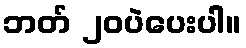
ဘတ် ၂၀ပဲပေးပါ။